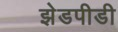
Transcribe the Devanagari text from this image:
झेडपीडी